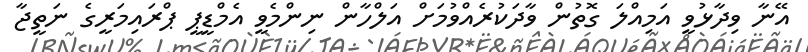
އޭނާ ވިދާޅުވީ އަމިއްލަ ގޮތުން ވާދަކުރެއްވުމަށް އަލްހާން ނިންމެވީ އެމްޑީޕީ ޕްރައިމަރީގެ ނަތީޖާ